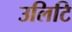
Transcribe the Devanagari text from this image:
उलिटि